Indian journal of veterinary science and animal husbandry - Volume 12,
Year: 1942
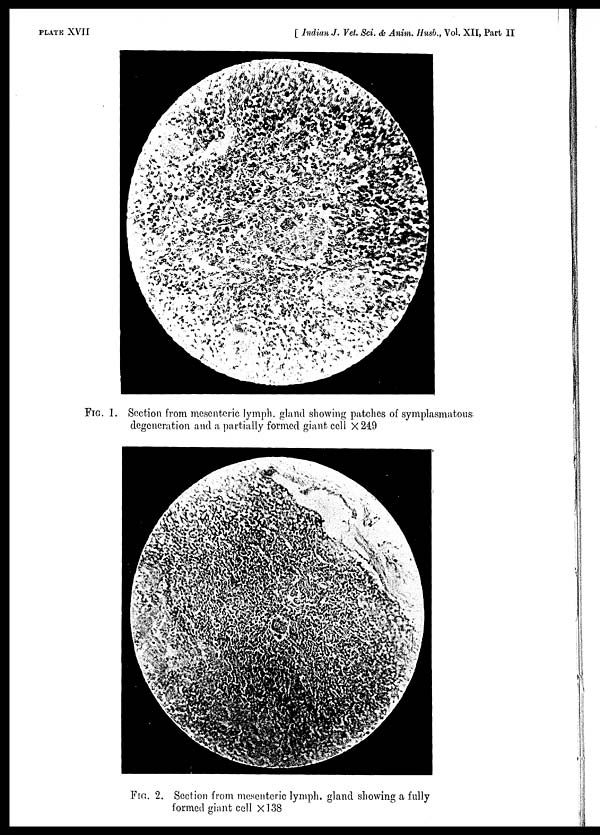
PLATE XVII
[ Indian J. Vet. Sci. & Anim. Husb., Vol. XII, Part II
FIG. 1. Section from mesenteric lymph, gland showing patches of symplasmatons
degeneration and a partially formed giant cell ×249
FIG. 2. Section from mesenteric lymph, gland showing a fully
formed giant cell × 138